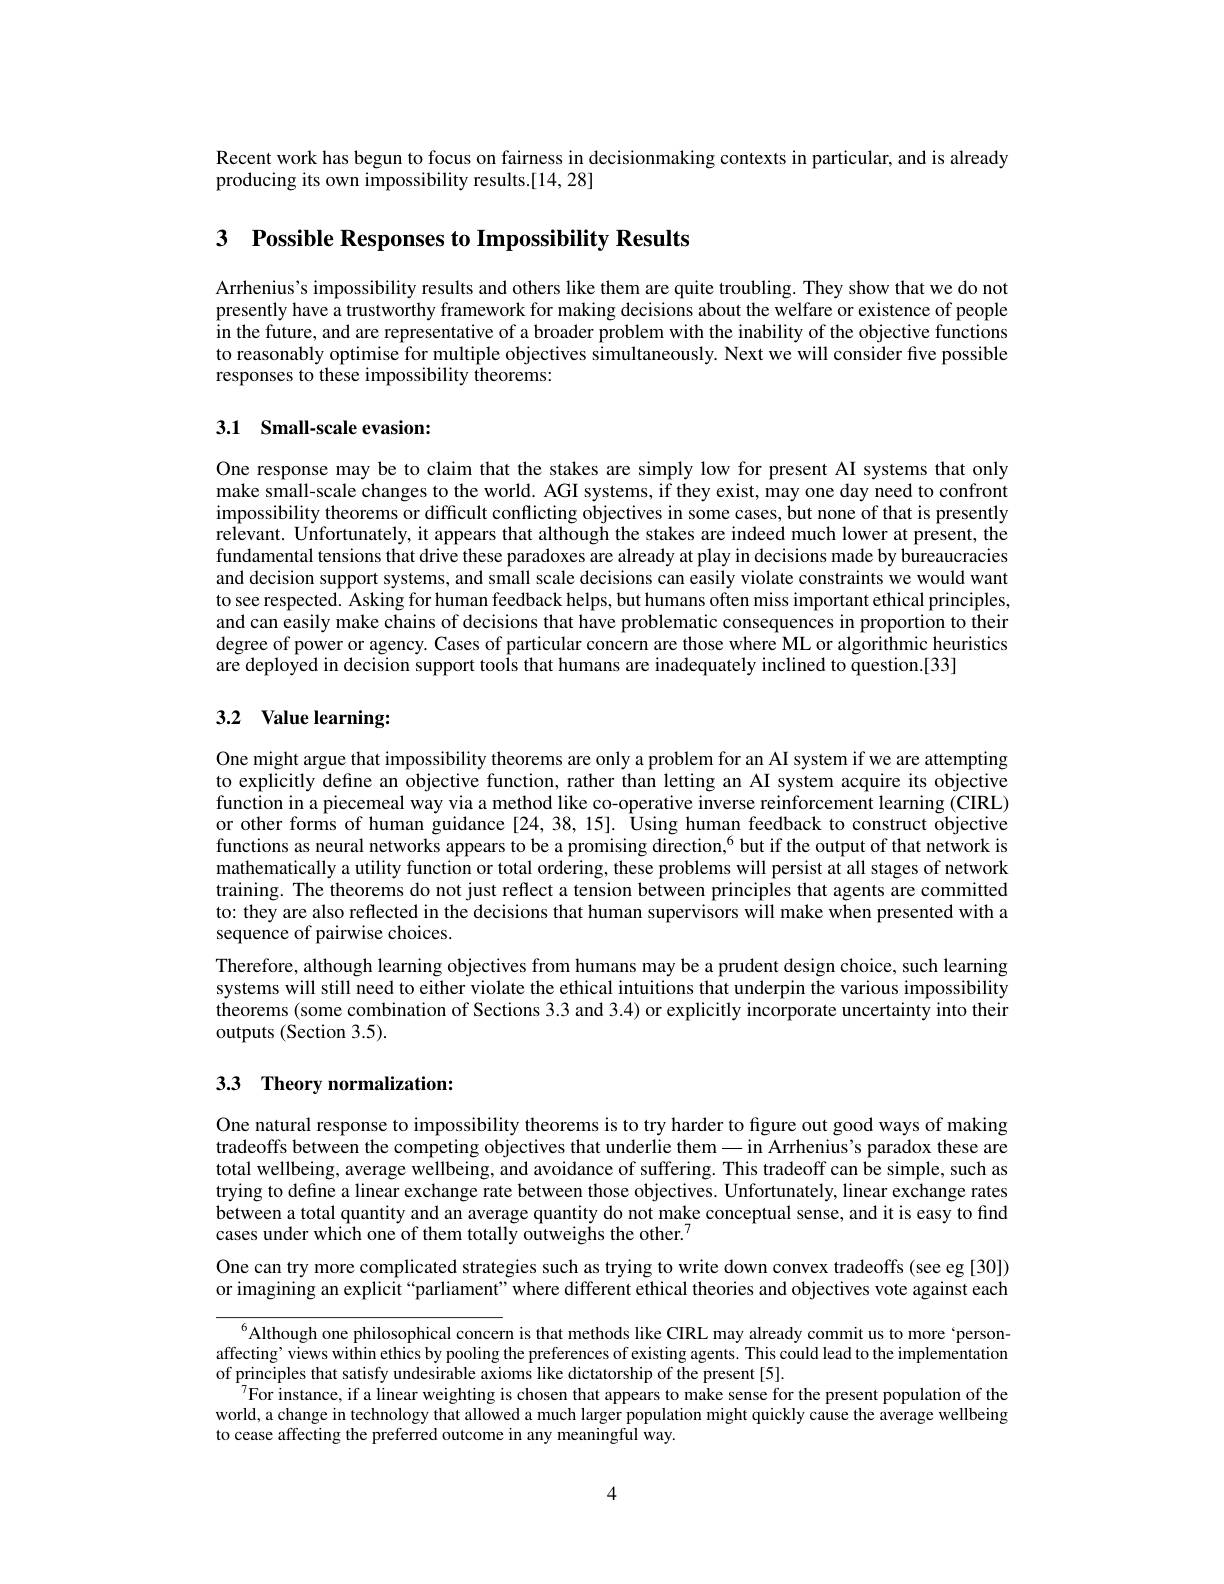
Recent work has begun to focus on fairness in decisionmaking contexts in particular, and is already
producing its own impossibility results.[14,28]

3 Possible Responses to Impossibility Results

Arrhenius's impossibility results and others like them are quite troubling. They show that we do not presently have a trustworthy framework for making decisions about the welfare or existence of people in the future, and are representative of a broader problem with the inability of the objective functions to reasonably optimise for multiple objectives simultaneously. Next we will consider five possible responses to these impossibility theorems:

## 3.1 Small-scale evasion:

One response may be to claim that the stakes are simply low for present AI systems that only make small-scale changes to the world. AGI systems, if they exist, may one day need to confront impossibility theorems or difficult conflicting objectives in some cases, but none of that is presently relevant. Unfortunately, it appears that although the stakes are indeed much lower at present, the fundamental tensions that drive these paradoxes are already at play in decisions made by bureaucracies and decision support systems, and small scale decisions can easily violate constraints we would want to see respected. Asking for human feedback helps, but humans often miss important ethical principles, and can easily make chains of decisions that have problematic consequences in proportion to their degree of power or agency. Cases of particular concern are those where ML or algorithmic heuristics are deployed in decision support tools that humans are inadequately inclined to question.[33]

## 3.2 Value learning:

One might argue that impossibility theorems are only a problem for an AI system if we are attempting to explicitly define an objective function, rather than letting an AI system acquire its objective function in a piecemeal way via a method like co-operative inverse reinforcement learning (CIRL) or other forms of human guidance [24,38,15]. Ûsing human feedback to construct objective functions as neural networks appears to be a promising direction,$^{6}$ but if the output of that network is mathematically a utility function or total ordering, these problems will persist at all stages of network training. The theorems do not just reflect a tension between principles that agents are committed to: they are also reflected in the decisions that human supervisors will make when presented with a sequence of pairwise choices.
Therefore, although learning objectives from humans may be a prudent design choice, such learning systems will still need to either violate the ethical intuitions that underpin the various impossibility theorems (some combination of Sections 3.3 and 3.4) or explicitly incorporate uncertainty into their outputs (Section 3.5).

# 3.3 Theory normalization:

One natural response to impossibility theorems is to try harder to figure out good ways of making tradeoffs between the competing objectives that underlie them— in Arrhenius's paradox these are total wellbeing, average wellbeing, and avoidance of suffering. This tradeoff can be simple, such as trying to define a linear exchange rate between those objectives. Unfortunately, linear exchange rates between a total quantity and an average quantity do not make conceptual sense, and it is easy to find cases under which one of them totally outweighs the other.$^{7}$

One can try more complicated strategies such as trying to write down convex tradeoffs (see eg [30]) or imagining an explicit“parliament" where different ethical theories and objectives vote against each

$^{6}$Although one philosophical concern is that methods like CIRL may already commit us to more`personaffecting’views within ethics by pooling the preferences of existing agents. This could lead to the implementation of principles that satisfy undesirable axioms like dictatorship of the present [5].
$^{7}$For instance, if a linear weighting is chosen that appears to make sense for the present population of the world, a change in technology that allowed a much larger population might quickly cause the average wellbeing to cease affecting the preferred outcome in any meaningful way.

4